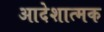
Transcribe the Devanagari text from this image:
आदेशात्‍मक